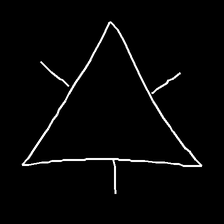
Glyph: fire